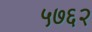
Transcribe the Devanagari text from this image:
५७६२